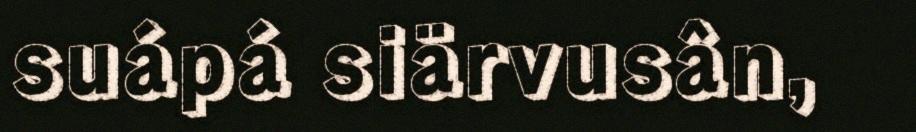
suápá siärvusân,